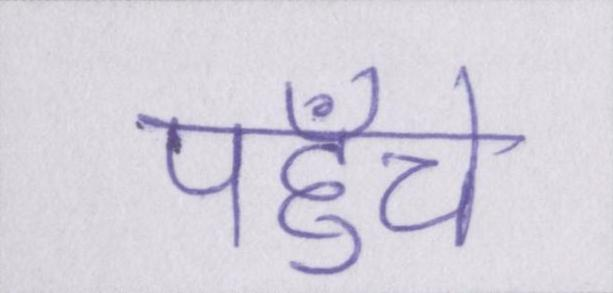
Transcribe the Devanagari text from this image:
पहुँचे